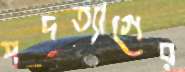
পদত্যাগের